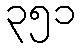
၃၅၁